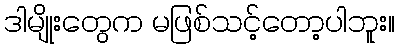
ဒါမျိုးတွေက မဖြစ်သင့်တော့ပါဘူး။